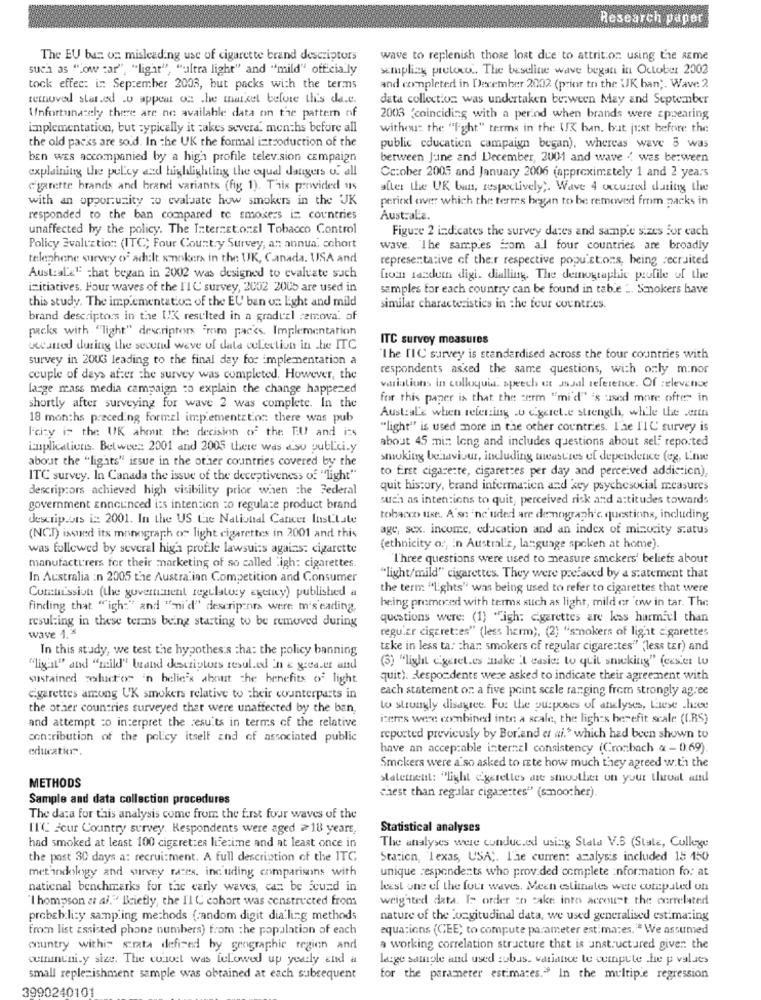
Research paper
The EU ban on misleading use of cigarette brand descriptors
wave to replenish those lost due to attrition using the same
such as "Low car", "light", "altra light" and "mild" officially
semplice pretovo .. The beseline wave began in October 2002
tock effec: i. September 2003, but packs with the terms
and completed in December 2002 (prior to the UK ban ;. Wave: 2
removed star.ed .u appear on the market before Lli's da.e.
data collection was undertaken berween May and September
Unfortunately there are no available data on the pattern of
2003 (coinciding with a period when brands were appearing
implementation, but typically it takes severa. months before all
without the "light" terms in the UX ban, but just before the
the old packs are sold. In the UK the formal introduction of the
public education campaign began), whereas wave 5 was
ben was accompanied by a high profile television campaign
between June and December, 2001 and wave .. was between
explaining the policy and highlighting the oquel dangers of all
Cc:ober 2005 and January 2006 (approximately 1 and 2 years
c'garette brands and brand variants (fig 1). This perwided us
after the UK ban, respectively ;. Wave 4 occurred during the
with an opportunity to evaluate how smokers in the UK
peric over which the terms began to be removed from packs in
responded to the ban compared to smokers i= countries
Australia.
unaffected by the policy. The International Tobacco Control
Figure 2 indicates the survey dates and sample sizes for cach
Policy Evaluation (ITC; Four Country Survey, an annua. cchort
wave. The samples from all four countries are broadly
telephone survey of adult smokers in the UK, Canada. USA and
representative of their respective popuistons, being recruited
Austral'&' that began in 2002 was designed to evaluate such
Con tasdem digi. dialling. The demographic profile of the
initiatives. Four waves of the I'1C survey, 2002 2005 are used in
samples for each country can be found in table ". Smokers have
this study. The implementation of the EU ban on Light and mild
similar characteristics in the four countries.
brand descriptors in the UK resulted in a gradual remova. of
packs with "light" descriptors "mm packs. Implementation
ITC survey measures
uccaned during the second we've of data cuLection in the ITC
survey in 2003 leading to the final day for implementation a
The TIC survey is standardised across the tour countries with
respondents asked the same questions, with only minor
couple of days after the survey was completed. However, the
large mass media campaign co explain the change happened
variations in colloquia, speech ut assal reference. Of :elevence
for this paper is that the term "mi'd" 's used more often in
shortly after surveying for wave 2 was complete. In the
18 months preceding formel implementation: there was pub
Australe when referring .w c'geret.e strength, while the en
Icizy is the UK abmit the decision of the EU and ins
"light" is used more in the other countries. l'ae 1'1C survey is
about 45 min long and includes questions about self reported
implications. Between 2001 and 2005 there was aso publicity
about the "ligats" issue in the other countries covered by the
smoking behaviour, including measures of dependence (eg, L'ne
to first cigarette, cigarettes per day and perceived addiction),
ITC survey. In Canada the issue of the deceptiveness of "light"
descriptors achieved high visibility prior when the Federal
quit history, brand information and key psychesocial measures
such as intentions to quit, perceived risk and attitudes towards
government announced its intention to regulate product brand
descrip.uts i :: 2001. In the US Le National Cancer Institute
tobacco use. A'sn 'nc uded are demograph'c. questions, including
age, sex. income, education and an index of minority status
(NCT) issued its monograph of light cigarettes in 2001 and this
was followed by several high profile lawsuits agains: cigarette
(ethnicity o :, in Australiz, language spoken at home).
I'hree questions were used to measure smokers' beliefs about
manufacturers for their marketing of so called 'igh: cigarettes.
In Australia :n 2005 the Australian Competition and Consumer
"light/mild" cigarettes. They were prefaced by a statement that
the term "Lights" was being used to refer to cigarettes that were
Corta'ssion (the government regulatory agency) published a
being promoced with terms such as light, mild er 'ow in tar. The
finding that "igh:" and "-mi'd" descripcnrs were m'seading,
resul:ing in these terms being starting to be removed during
questions were: (1) wigh: cigarettes are less harmful than
wave 1. 5
regular cigaret:es" (less harm), (2) "smokers of light cigarettes
In this study, we test the hypothesis cha: the policy banning
take in less ta: char smokers of regular cigarettes"" "less tar) and
(3) "light cigaret.es make It easier to quit smoking" (ceset tu
"ligant" and "mild" brand descriptors resul.ed in & greaver and
sustained woluctor 'n belie's about the benefits of light
quit). Respondents were asked to indicate their agreement with
each statement on a five point scale ranging from strongly agree
cigarettes among UK smokers relative to their counterparts in
the other countries surveyed that were unaffected by the ban,
lo strongly disagree. For the purposes of analyses, Liese .hece
iseres were combined inte a scale, the lights herefit scale ((.RS)
and attempt to interpret the results in terms of the relative
contribution of the policy itself and of associated public
reported previously by Bor.and et ai.$ which had been shown to
education".
have an acceptable internal consistency (Cronbach & - 0).69).
Smokers were a so asked to rete how much they agreed with the
METHODS
statement: "light @gerelles are smoother on your throat and
Sample and data collection procedures
chest than regalar cigarettes" (smoother).
The data for this analysis come from the first four waves of the
ITC scur Country survey. Respondents were aged ≥18 years,
Statistical analyses
had smoked at least 100 cigarettes lifetime and at least once in
The analyses were conducted using Stala V.B (State, College
the post 30 days a: recrui:ment. A full description of the ITC
Station, "Texas, USA ;. The current analysis included 15 150
methodology and survey rates, incuding comparisons with
unique respondents who prov.ded complete :nformation for at
national benchmarks for the carly waves, can be found in
least one of the four waves. Meen estimates were computed un
I hompson et al." Briefly, the 11 C cohort was constructed from
weighted data. In order zo cake into account the ocrrelated
probch.li:y sampling methods (random digit dialing methods
nature of the Longitudinal data, we used generalised estimating
from list assisted phone numbers) from the population of each
equations (CEE; to compute parameter estimares. " We assumed
onuntry withis strata defined by geographic region and
a working correlation structure that is unstructured given the
cuttinuni.y size. The cuiist was followed up yearly and a
legge sample and used subas. variatice to compute .he p values
small replenishment sample was obtained at each subsequent
for the parameter estimates." In the multiple regression
3990240101